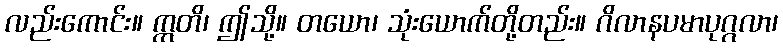
လည်းကောင်း။ ဣတိ၊ ဤသို့။ တယော၊ သုံးယောက်တို့တည်း။ ဂိလာနပမာပုဂ္ဂလာ၊